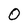
Character: O